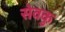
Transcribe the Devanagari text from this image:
सेवकु